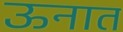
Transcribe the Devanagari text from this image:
ऊनात